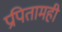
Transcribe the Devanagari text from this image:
प्रपितामही